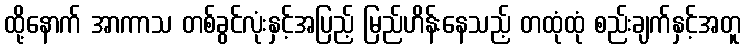
ထို့နောက် အာကာသ တစ်ခွင်လုံးနှင့်အပြည့် မြည်ဟိန်းနေသည့် တထုံထုံ စည်းချက်နှင့်အတူ